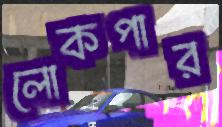
লোকপার